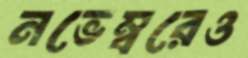
নভেম্বরেও